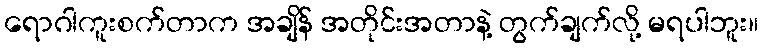
ရောဂါကူးစက်တာက အချိန် အတိုင်းအတာနဲ့ တွက်ချက်လို့ မရပါဘူး။